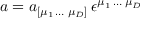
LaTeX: a = a _ { [ \mu _ { 1 } \, \dots \; \mu _ { D } ] } \, \epsilon ^ { \mu _ { 1 } \, \dots \; \mu _ { D } }